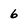
Character: 6